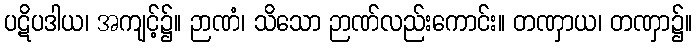
ပဋိပဒါယ၊ အကျင့်၌။ ဉာဏံ၊ သိသော ဉာဏ်လည်းကောင်း။ တဏှာယ၊ တဏှာ၌။